Regulations for the medical services of the Army of India
Year: 1930
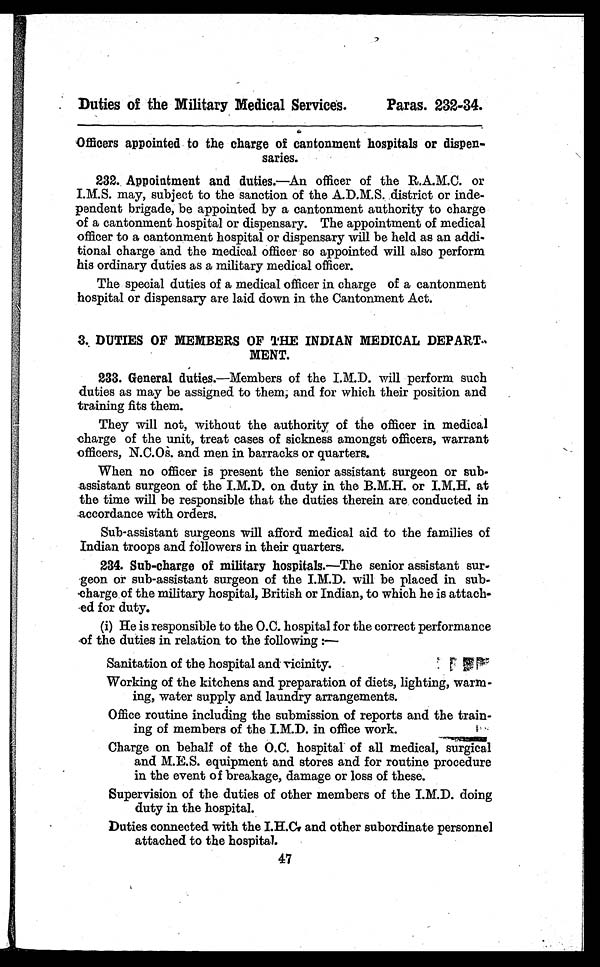
Duties of the Military Medical Services.
Paras. 232-34.
Officers appointed to the charge of cantonment hospitals or dispen
-
saries.
232. Appointment and duties.—An officer of the R.A.M.C. or
I.M.S. may, subject to the sanction of the A.D.M.S. district or inde
- p e n d e n t b r i g a d e , b e a p p o i n t e d b y a c a n t o n m e n t a u t h o r i t y t o c h a r g e
of a cantonment hospital or dispensary. The appointment of medical
officer to a cantonment hospital or dispensary will be held as an addi
- t i o n a l c h a r g e a n d t h e m e d i c a l o f f i c e r s o a p p o i n t e d w i l l a l s o p e r f o r m
his ordinary duties as a military medical officer.
The special duties of a medical officer in charge of a cantonment
hospital or dispensary are laid down in the Cantonment Act.
3. DUTIES OF MEMBERS OF THE INDIAN MEDI
CAL DEPART-
M E N T
2 3 3 . G e n e r a ld u t i e s . — M e m b e r s o f t h e I . M . D . w i l l p e r f o r m s u c h
duties as may be assigned to them; and for which their position and
training fits them.
They will not, without the authority of the officer in medical
change of the unit, treat cases of sickness amongst officers, warrant
officers, N.C.Os. and men in barracks or quarters.
When no officer is present the senior assistant surgeon or sub
- a s s i s t a n t s u r g e o n o f t h e I . M . D . o n d u t y i n t h e B . M . H . o r I . M . H . a t
the time will be responsible that the duties therein are conducted in
accordance with orders.
Sub-assistant surgeons will afford medical aid to the families of
Indian troops and followers in their quarters.
1.
Sub-charge of military hospitals.—The senior assistant sur-
-geon or sub-assistant surgeon of the I.M.D. will be placed in sub
-charge of the military hospital, British or Indian, to which he is attach
ed for duty.
(i) He is responsible to the O.C. hospital for the correct performance
of the duties in relation to the following :—
Sanitation of the hospital and vicinity.
Working of the kitchens and preparation of diets, lighting, warm
-ing, water supply and laundry arrangements.
Office routine including the submission of reports and the train
-i ng of members of t he I. M. D. i n offi ce work.
Charge on behalf of the O.C. hospital of all medical,
s u r g i c a l
and M.E.S. equipment and stores and for routine procedure
in the event of breakage, damage or loss of these.
Supervision of the duties of other members of the I.M.D. doing
duty in the hospital.
Duties connected with the I.H.C. and other subordinate personnel
attached to the hospital.
47